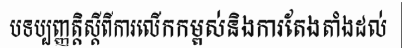
បទប្បញ្ញត្តិស្តីពីការលើកកម្ពស់និងការតែងតាំងដល់